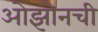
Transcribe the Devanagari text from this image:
ओझोनची